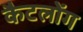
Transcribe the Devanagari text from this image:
कैटलोंग